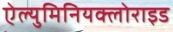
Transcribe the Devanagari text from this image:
ऐल्युमिनियक्लोराइड